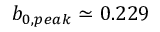
b _ { 0 , p e a k } \simeq 0 . 2 2 9